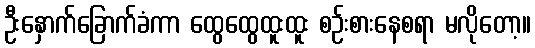
ဦးနှောက်ခြောက်ခံကာ ထွေထွေထူးထူး စဉ်းစားနေစရာ မလိုတော့။